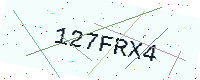
Text: 127FRX4